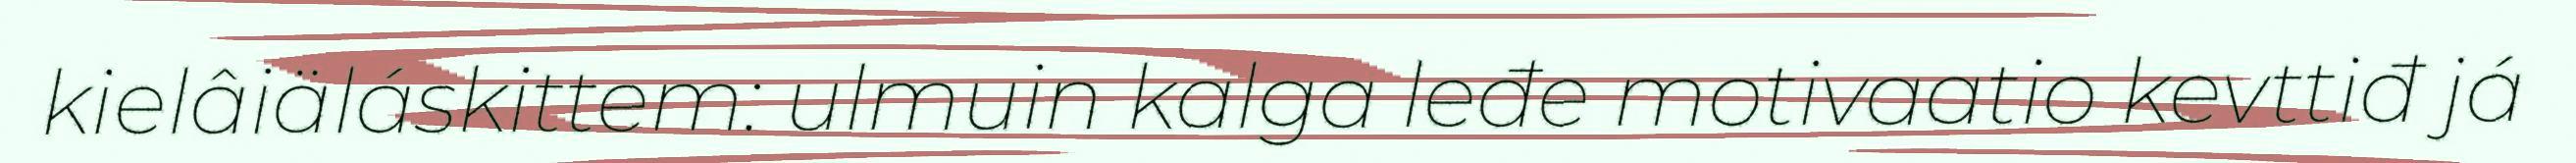
kielâiäláskittem: ulmuin kalga leđe motivaatio kevttiđ já